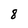
Character: 8